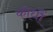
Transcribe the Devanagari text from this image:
कोधौं